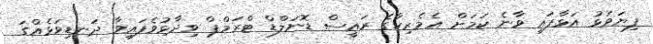
ފިޔަވަޅު އަޅާފައި ވާނެ ކަމަށް އެމެރިކާގެ ރައީސް ޑޮނަލްޑް ޓްރަމްޕް ވިދާޅުވެފައިވާ ދަނޑިވަޅެއްގަ